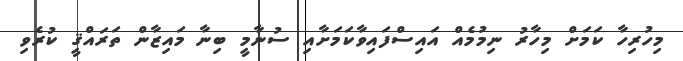
މިހުރިހާ ކަމަށް މިހާރު ނިމުމެއް އައިސްފައިވާކަމަށާއި ސުނާމީ ބިނާ މައިޒާން ތަރައްޤީ ކުރެވި